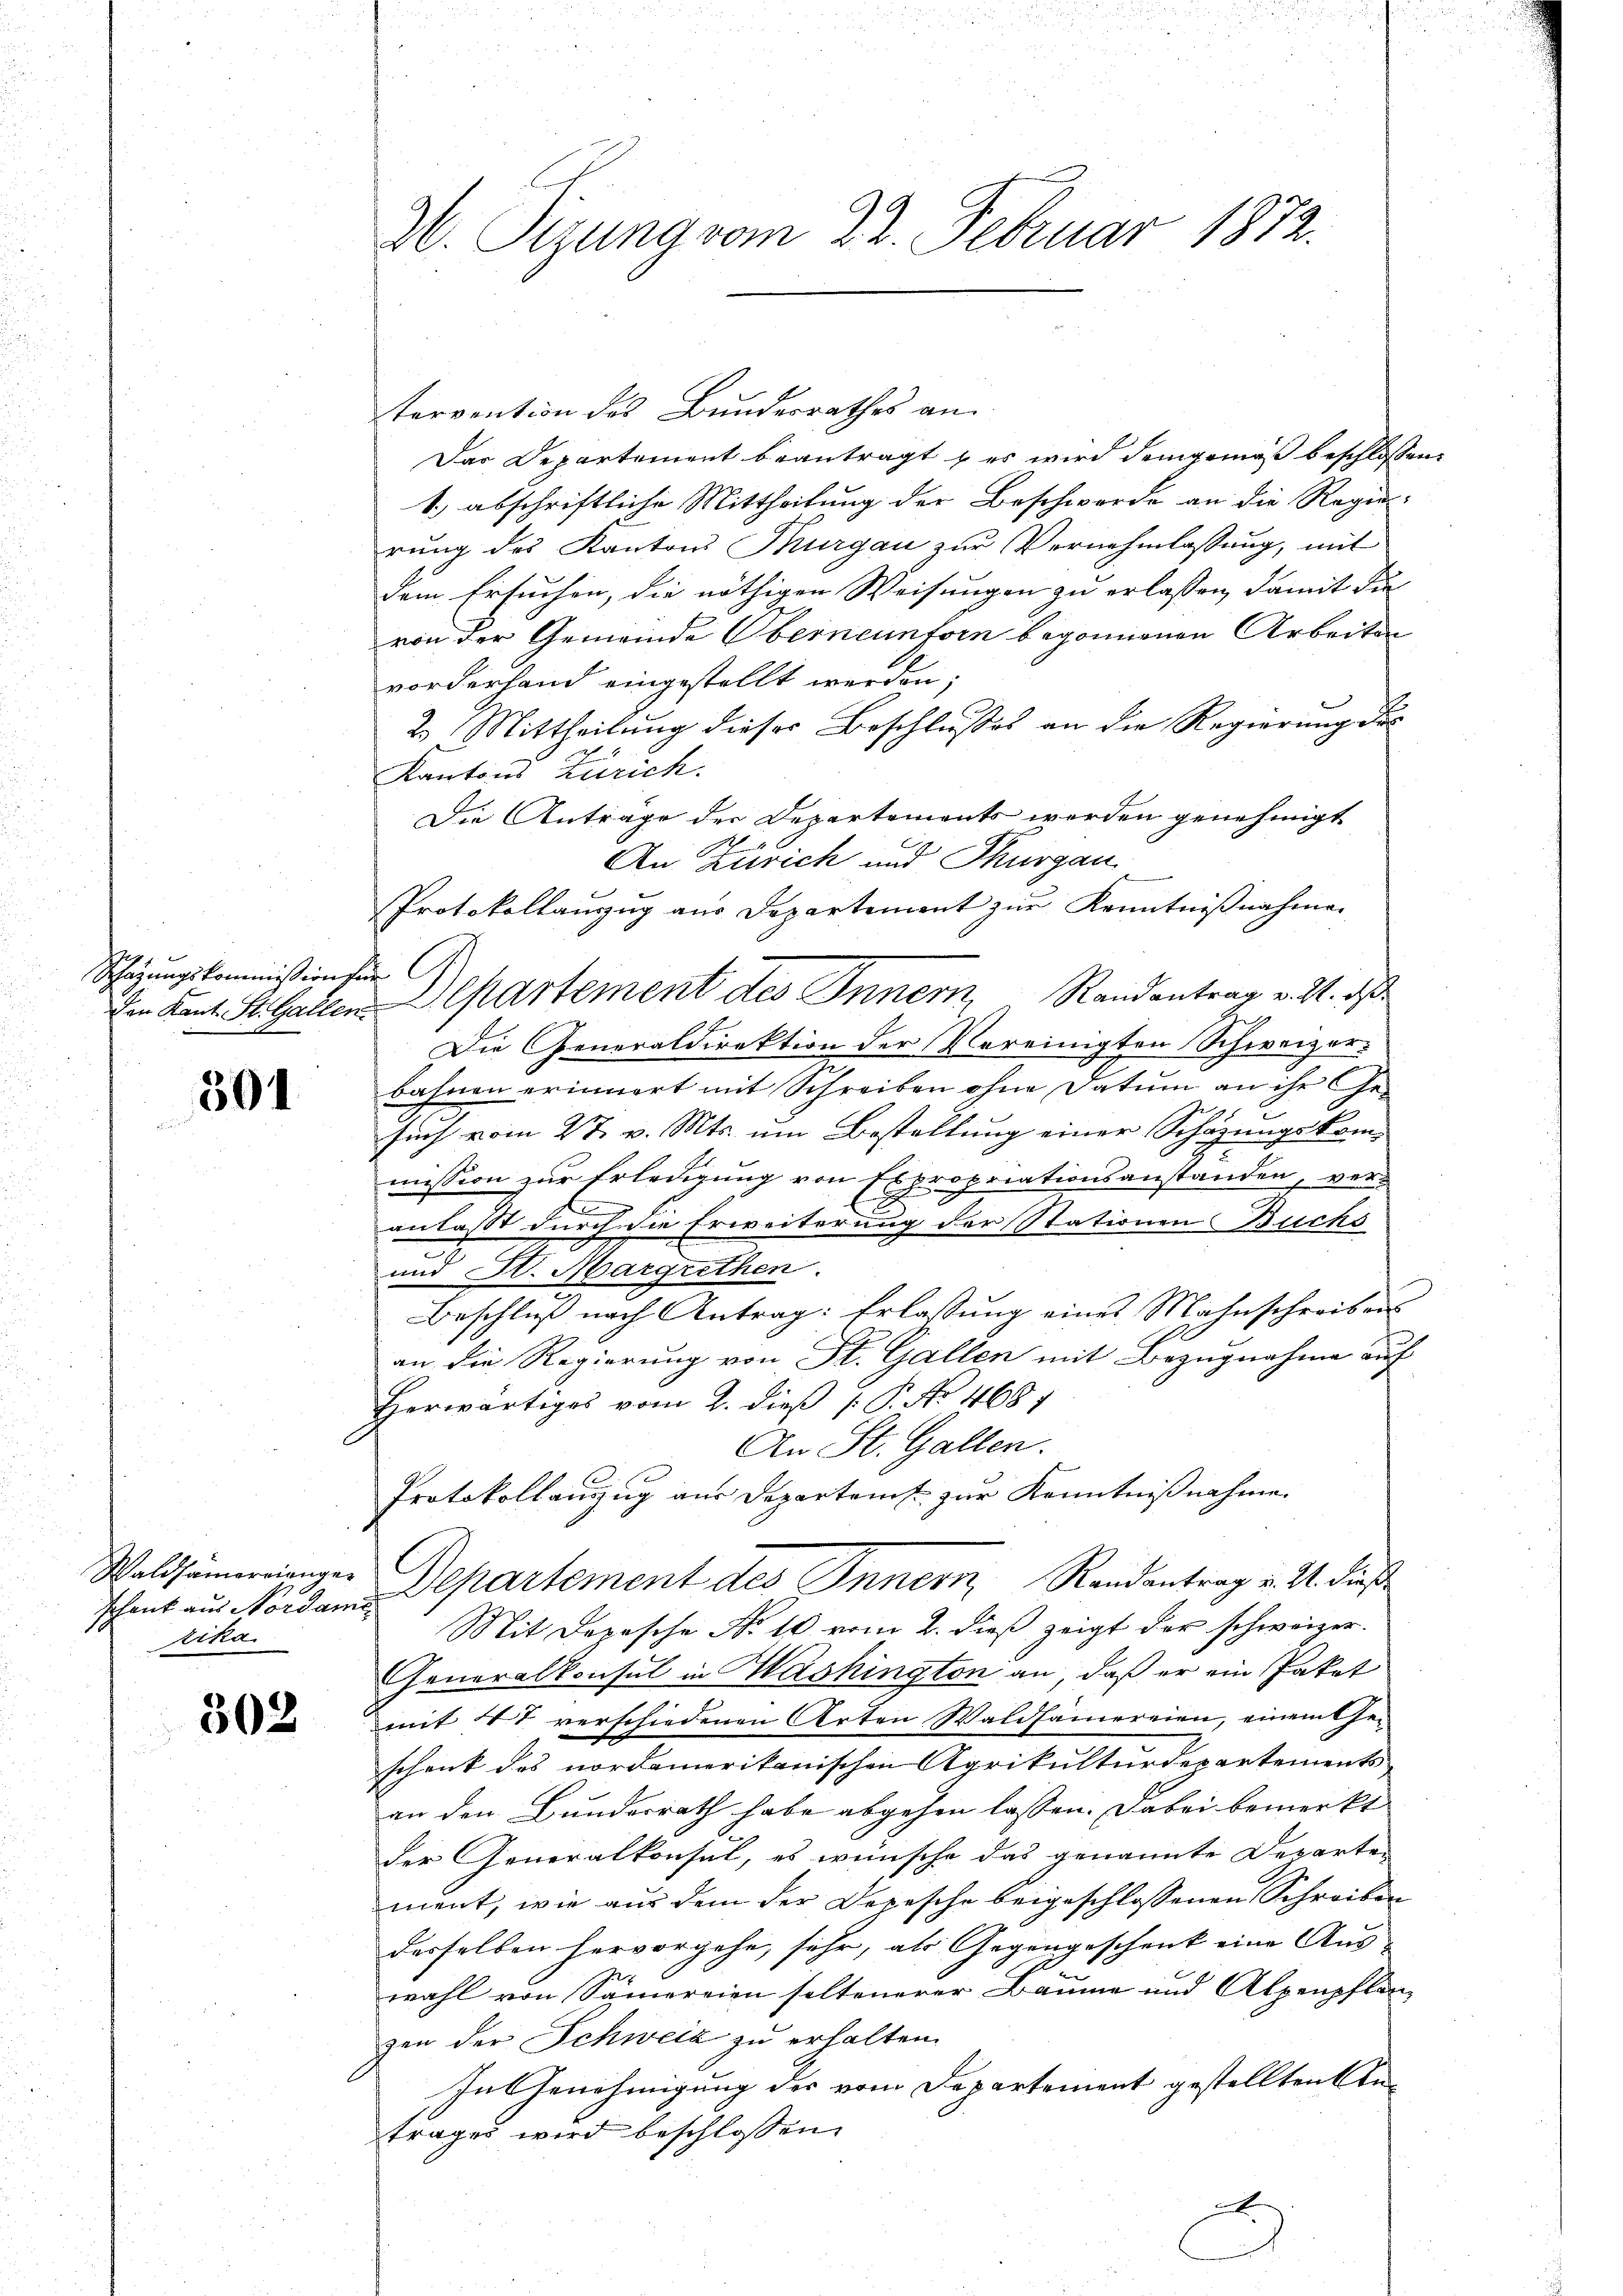
Schatzungskommission se
Den Kant. St. Gallen

301

Waldsamerienger
schenk aus Nordame
Zika.

302

W. Sizung vom 22. Februar 1872.

tervention des Bundesrathes an
Das Departement beantragt & es wird demgemäß beschlossen:
1.) abschriftliche Mittheilung der Beschwerde an die Regierung des Kantons Thurgau zur Vernehmlassung, mit
dem Ersuchen, die nöthigen Weisungen zu erlassen, damit die
von der Gemeinde Oberneunforn begonnenen Arbeiten
vorderhand eingestellt werden;
2. Mittheilung dieses Beschlusses an die Regierung der
Kantons Zürich.
Die Antrage der Departements werden genehmigt
E
An Zürich und Thurgau
Protokollauszug aus Departement zur Kenntnißnahmen
C
Departement des Innern Randantrag v. 24. ds.
Die Generaldirektion der Vereinigten Schweizer-
bahnen erinnert mit Schreiben ohne Datum an ihr Ge-
1
such vom 27. v. Mts. um Bestaltung einer Schazungskommission zur Erledigung von Expropriationsanstanden, ver¬
E
anlasst durch die Erweiterung der Stationen Buchs
und H. Margrethen
Beschluß nach Antrag: Erlassung eines Mahnschreibens
an die Regierung von St. Gallen mit Bezugnahme auf
Herwärtiges vom 2. dieß P. No 468
An St. Gallen.
Protokollauszug aus Departens zur Kenntnißnahme.
Departement des Innern, Randantrag v. 3. dieß
Mit Depesche No 10 vom 2. dieß zeigt der schweizer.
Generalkonsul in Washington an, daß er ein Paket
mit 47 verschiedenen Arten Waldsamereien, einem Geschenk des nordamerikanischen Agrikulturdepartements
an den Bundesrath habe abgehen lassen. Dabei bemerkt
der Generalkonsul, es wünsche das genannte Departe-
ment, wie aus dem der Depesche beigeschlossenen Schreiben
desselben hervorgehe, sehr, als Gegengeschenk eine Aus
wahl von Samereien soltenerer Bäume und Alpenpflan-
zen der Schweiz zu erhalten.
In Genehmigung der vom Departement gestellten Antrages wird beschlossen:
x